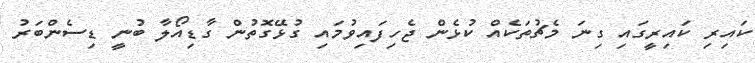
ކައިރި ކައިރީގައި ގިނަ މެޗުތަކެއް ކުޅެން ޖެހިފައިވުމައި ގުޅޭގޮތުން ގާޑިއޯލާ ބުނީ ޑިސެންބަރު